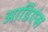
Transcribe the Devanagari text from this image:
आडिएंस